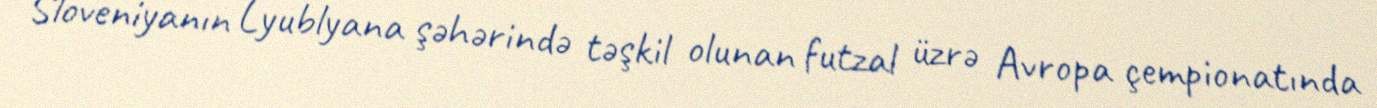
Sloveniyanın Lyublyana şəhərində təşkil olunan futzal üzrə Avropa çempionatında